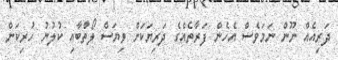
ދަރިއެއް ނޫން ނަމަވެސް އެހެން ފަރާތެއްގެ ދަރިޔަކަށް ވިޔަސް ލޯތްބާއި ކުލުނު ހުރިކަން